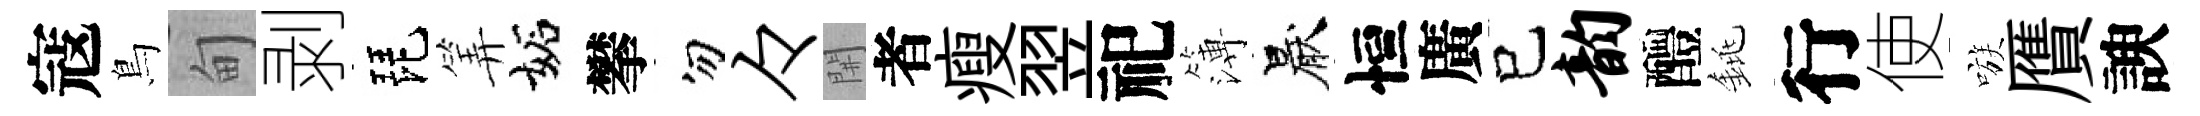
寇鳥甸剥琵筭妬攀勿々𨳩者瘦翌祀簿厭恒廣已韵醴銚行使嗾贋諛